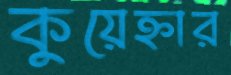
কুয়েহ্নার